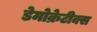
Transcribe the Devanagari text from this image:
डेमोक्रेटीक्स